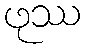
ဖုဿ